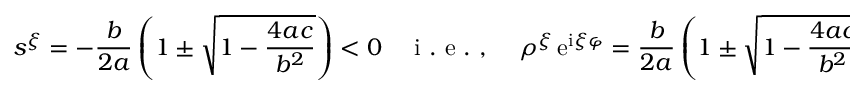
s ^ { \xi } = - \frac { b } { 2 a } \left( 1 \pm \sqrt { 1 - \frac { 4 a c } { b ^ { 2 } } } \right) < 0 \quad \mathrm { ~ i ~ . ~ e ~ . ~ , ~ } \quad \rho ^ { \xi } \, \mathrm { e } ^ { \mathrm { i } \xi \varphi } = \frac { b } { 2 a } \left( 1 \pm \sqrt { 1 - \frac { 4 a c } { b ^ { 2 } } } \right) \, \mathrm { e } ^ { \mathrm { i } \left( 2 k + 1 \right) \pi } , \quad k \in \mathbb { Z } ,